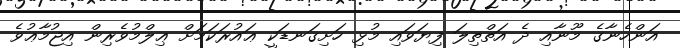
އަންހެނާގެ މޫނާއި ދެ އަތްތިލަ ފިޔަވައި މުޅި ހަށިގަނޑަކީ ޢައުރަކަމަށް ޢިލްމުވެރިން އިޖުމާޢުވެ